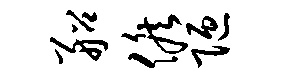
船候陋